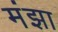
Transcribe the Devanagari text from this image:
मंझा